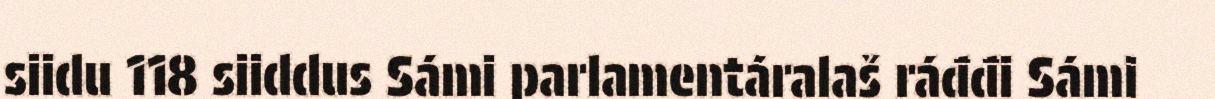
siidu 118 siiddus Sámi parlamentáralaš ráđđi Sámi